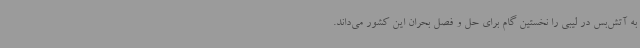
به آتش‌بس در لیبی را نخستین گام برای حل و فصل بحران این کشور می‌داند.